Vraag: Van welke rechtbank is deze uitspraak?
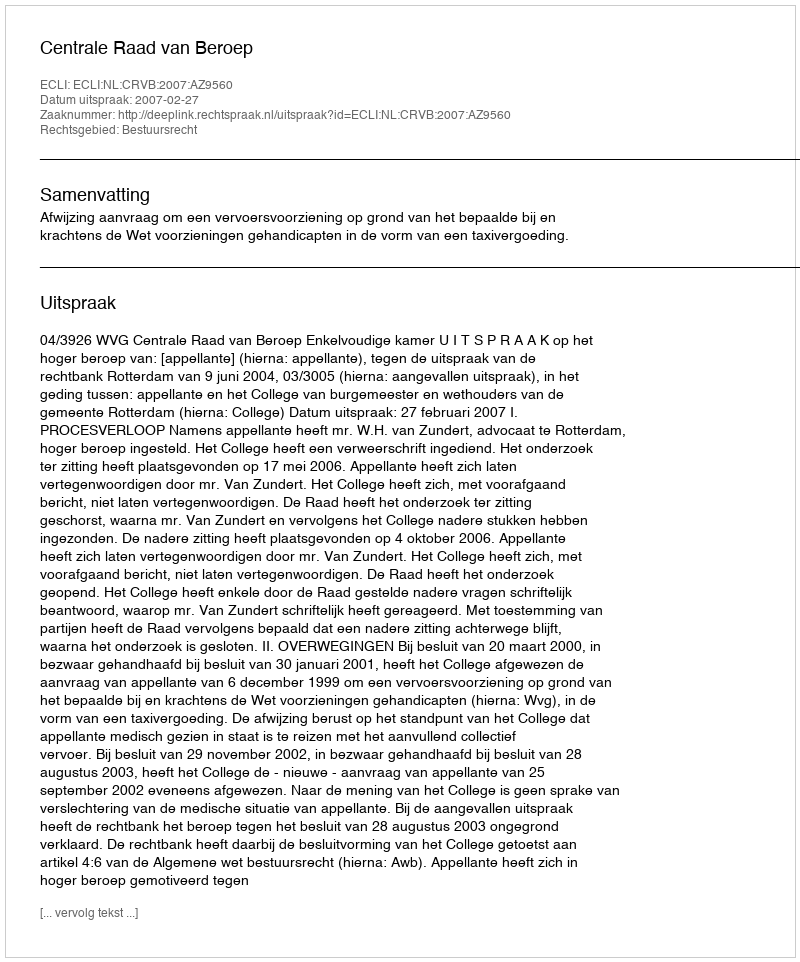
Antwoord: Centrale Raad van Beroep